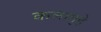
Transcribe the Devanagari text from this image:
कलागृहे